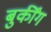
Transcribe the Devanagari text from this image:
बुकींग